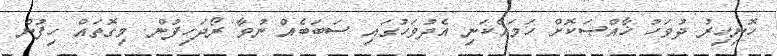
ހޮނިހިރު ދުވަހު ޚާއްޞަކޮށް ހަމައެކަނި އެދުވަހުގައި ސަބަބެއް ނުވާ ރޯދަހިފުން. މިގޮތައް ހިފުން